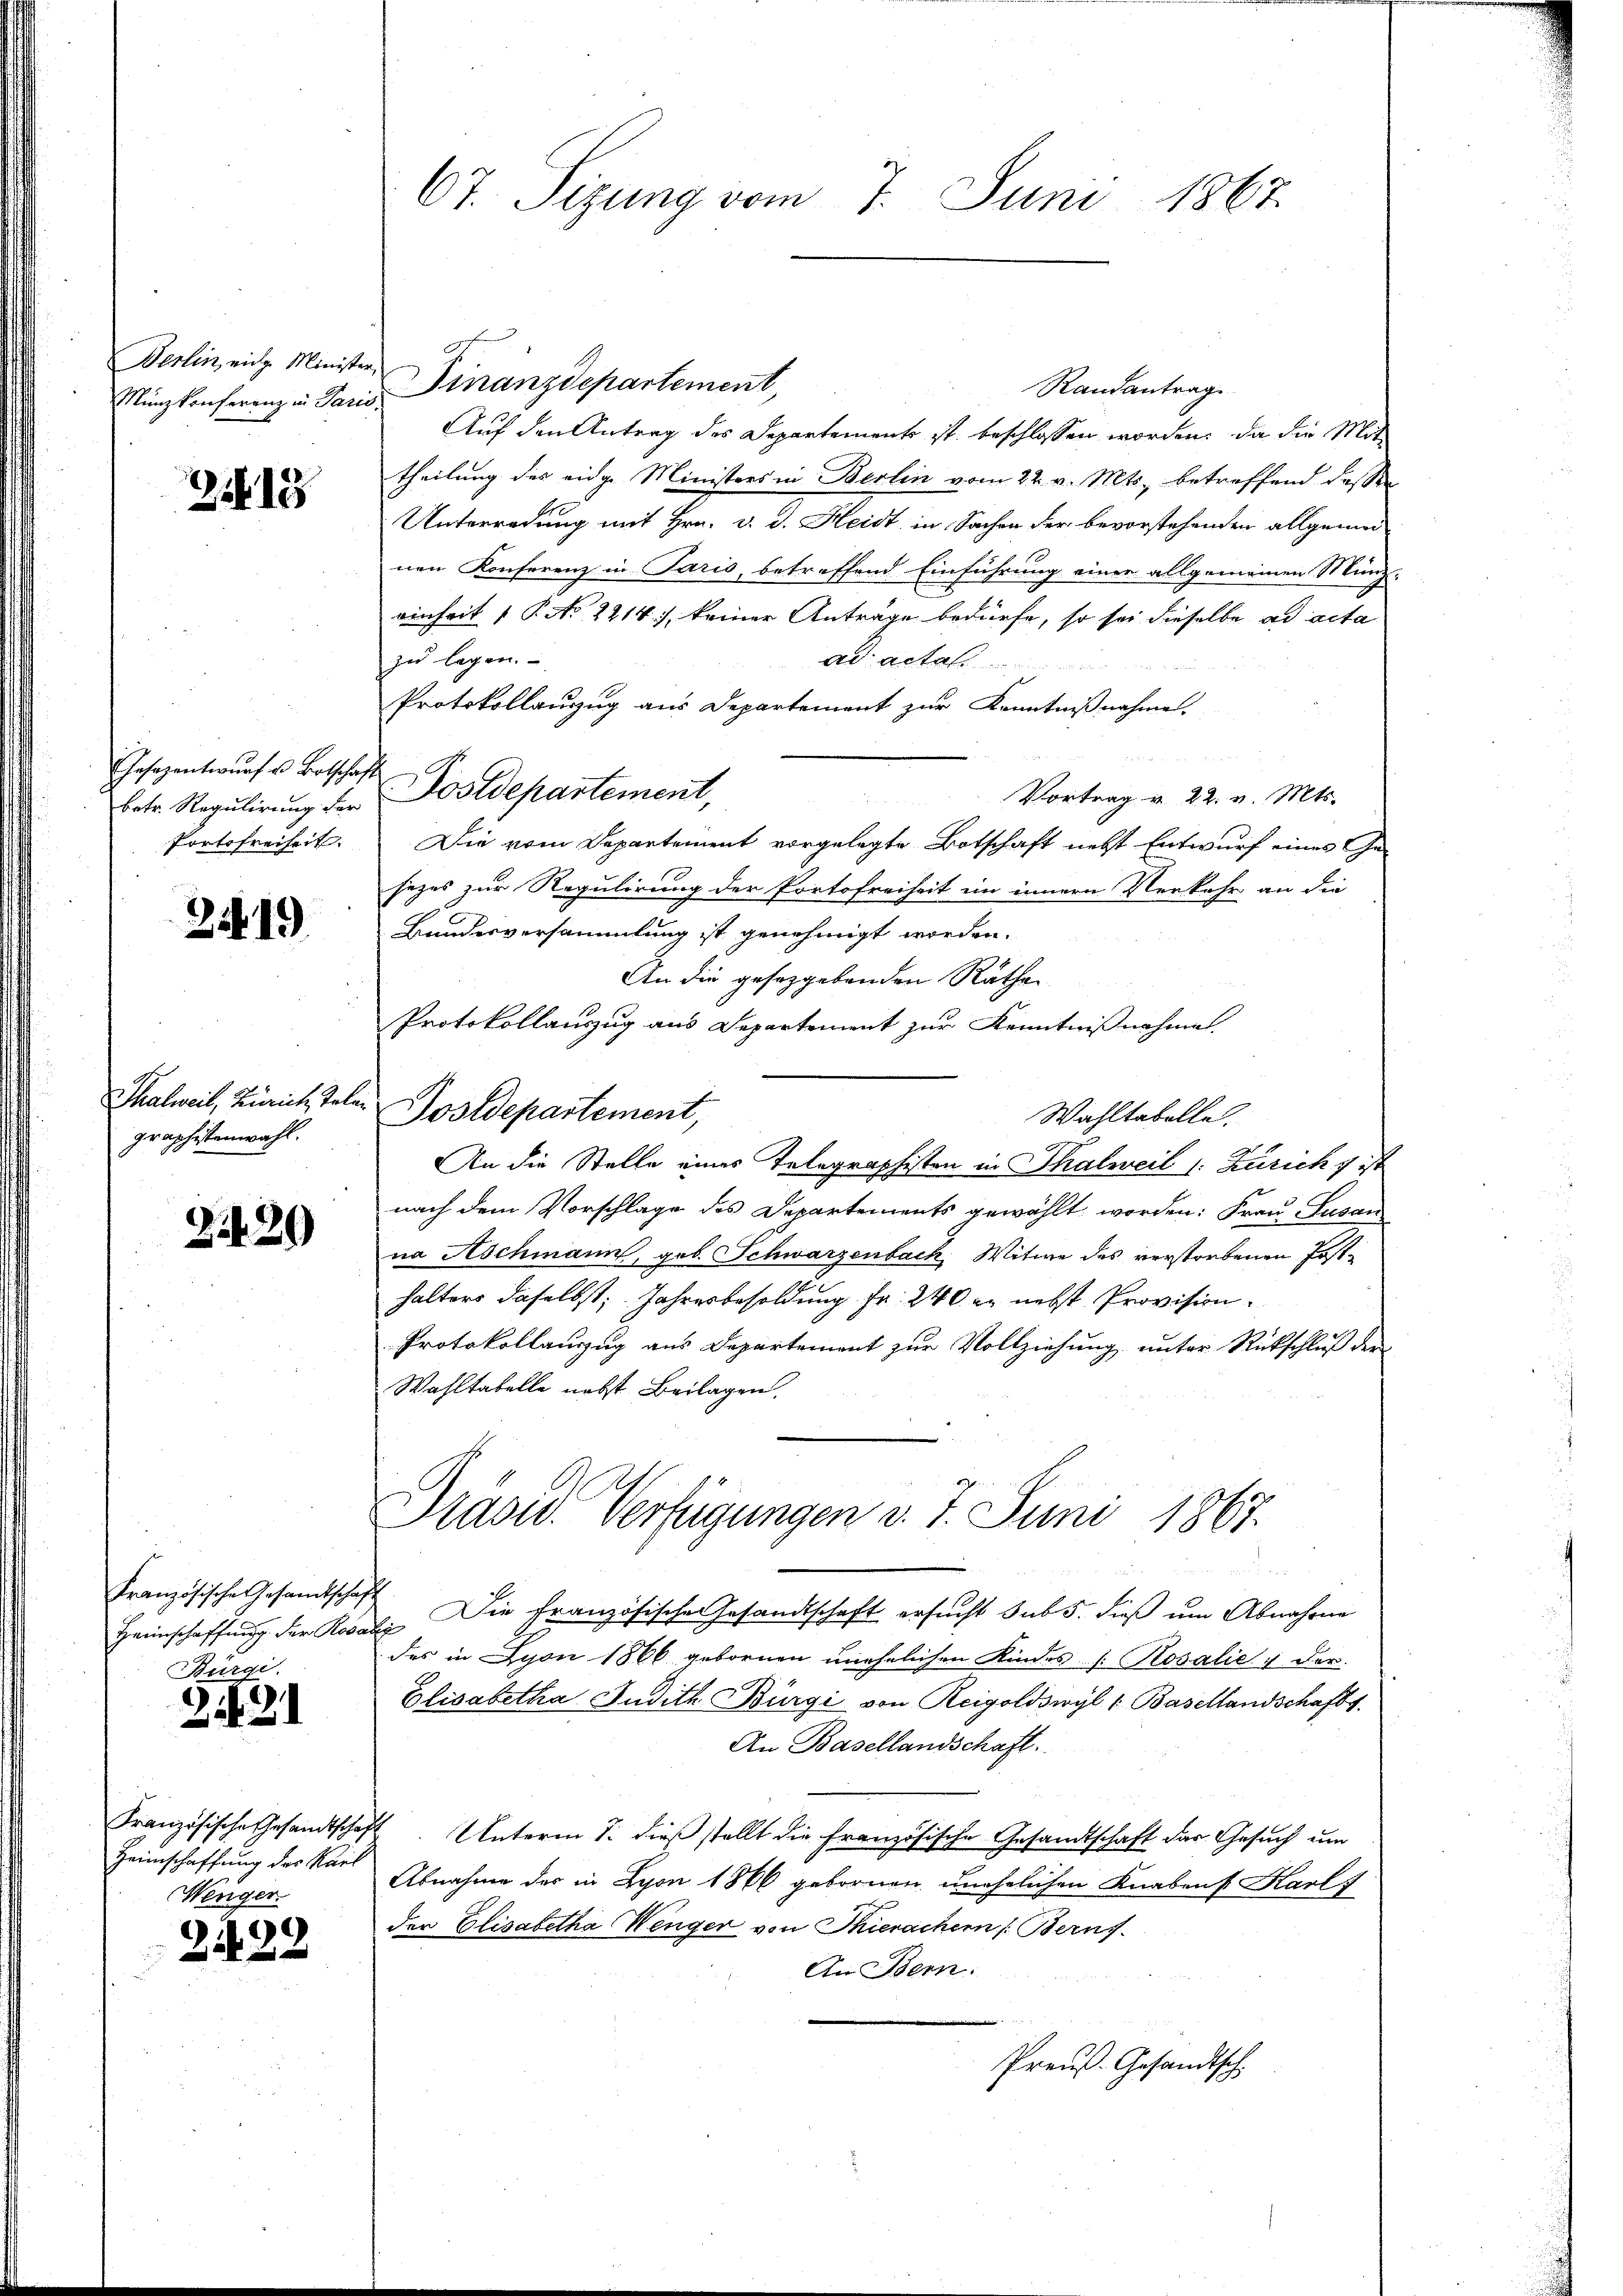
Berlin, eidg. Minister
Münzkonferenz in Parie

Zif. 18

Gesezentwŭrf u. Botschaf
betr. Regulirung der
Portofreiheit

21419

Thalweil, Zürich, Telegraphistenwahl.

2429

Französische Gesamtschaf
Haunschaffung der Rosa
Bürgi.

242

Französische Gesandtschaf
Zeimschaffung des Karl
Wenger.

2422

s

67. Sizung vom 7. Juni 1867.

Finanzdepartement,
Randantrag
Auf den Antrag des Departements ist beschlossen worden, da die Mit
theilung des eidge Ministers in Berlin vom 22. v. Mts., betreffend dessen
Unterredung mit Hrn. v. J. Heidt, in Sachen der bevorstehenden allgemeinen Konferenz in Paris, betreffend Einführung einer allgemeinen Münz-
einheit 1 P. No 2214), keiner Anträge bedürfe, so sei dieselbe ad acta
zu legen.
ad actat
Protokollanzug aus Departement zur Kenntnißnahme.
Postdepartement,
Vortrag v. 22. v. Mts.
Die vom Departement vorgelegte Botschaft nebst Entwurf eines Ge-
sezes zur Regulirung der Portofreiheit im innern Verkehr an die
Bundesversammlung ist genehmigt worden.
An die gesezgebenden Räthe
Protokollauszug aus Departement zur Kenntnißnahmen.
Sostdepartement,
Wahltabelle.
An die Stelle eines Telegraphisten in Thalweil (: Zürich & ist
nach dem Vorschlage des Departements gewählt worden: Frau Susan
na Aschmann, geb. Schwarzenbach, Witwe des verstorbenen Posthalters daselbst, Jahresbesoldung Fr. 240 er nebst Provision.
Protokollauszug aus Departement zur Vollziehung unter Rückschluß der
Wahltabelle nebst Beilagen.
Präsid. Verfügungen v. 7. Juni 1867.
 Die Französischen Gesandtschaft ersucht sub 5. dieß um Abnahme
das in Lyon 1866 gebornen unehelichen Kindes h. Rosalie der
Elisabetha Judith. Bürgi von Reigoldswyl u Basellandschafts
An Basellandschaft.
Unterm 1. dieß stellt die Französische Gesandtschaft das Gesuch um
Abnahme des in Lyon 1866 gebornen unehelichen Knabens Harl 7
der Elisabetha Wenger von Thierachern Berns
An Bern.
Preuß. Gesandtsch